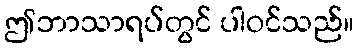
ဤဘာသာရပ်တွင် ပါဝင်သည်။